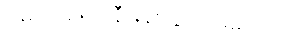
ငါ့မျက်နှာက နီမြန်းသွားလိမ့်မယ်။